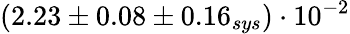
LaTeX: (2.23\pm 0.08\pm 0.16_{sys})\cdot 10^{-2}